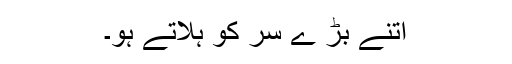
اتنے بڑ ے سر کو ہلاتے ہو۔